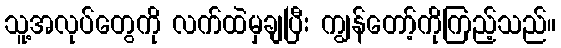
သူ့အလုပ်တွေကို လက်ထဲမှချပြီး ကျွန်တော့်ကိုကြည့်သည်။